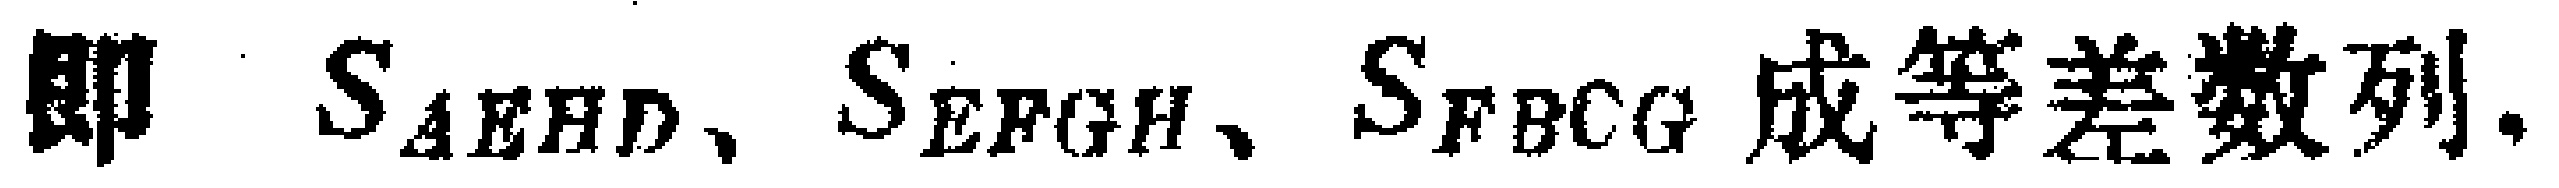
即 \(S_{AEHD}、S_{EFGH}、S_{FBCG}\) 成等差数列.